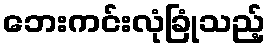
ဘေးကင်းလုံခြုံသည့်